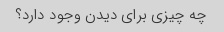
چه چیزی برای دیدن وجود دارد؟